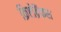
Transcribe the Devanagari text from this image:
क्रिष्टोब्रैंकस